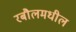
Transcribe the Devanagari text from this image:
रबौलमधील